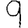
Digit: 9